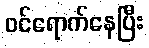
ဝင်ရောက်နေပြီး